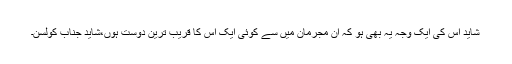
شاید اس کی ایک وجہ یہ بھی ہو کہ ان مجرمان میں سے کوئی ایک اس کا قریب ترین دوست ہوں،شاید جناب کولسن۔